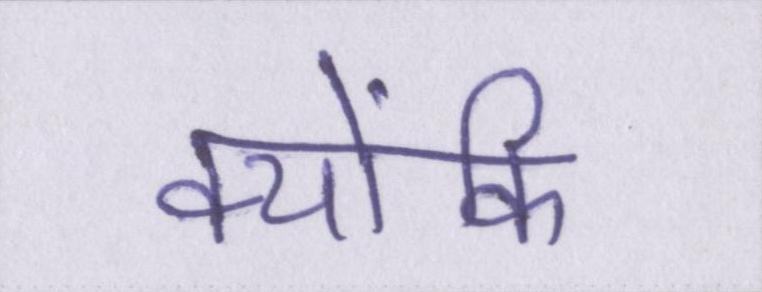
क्योंकि